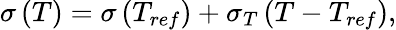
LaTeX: \sigma\left(T\right)=\sigma\left({{T_{ref}}}\right)+{\sigma_{T}}\left({T-{T_{ref}}}\right),